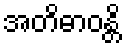
အတိဓာဝန္တိ